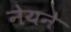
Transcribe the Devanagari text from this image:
नेयने